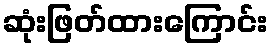
ဆုံးဖြတ်ထားကြောင်း